Annual statistical returns and brief notes on vaccination in Bengal - 1909-1929
Year: 1909
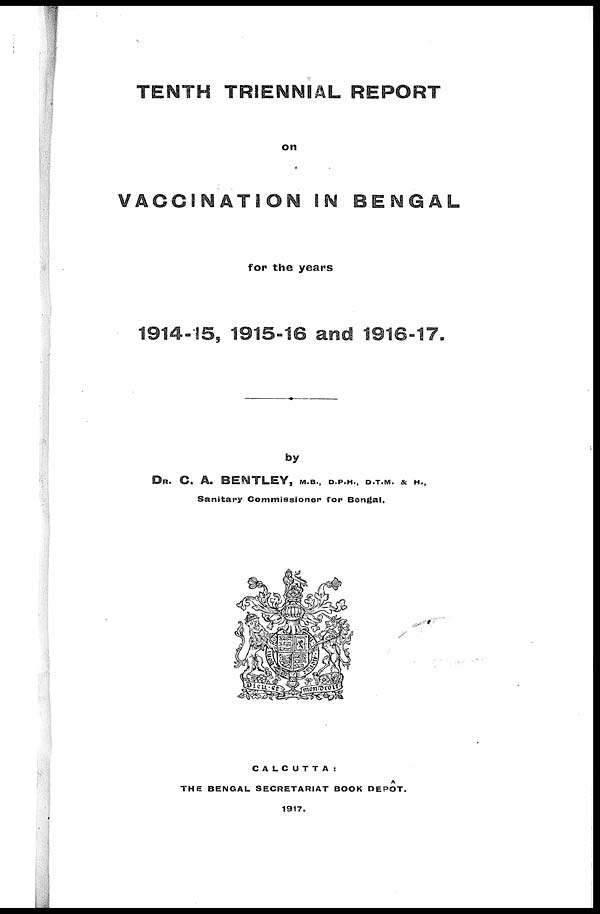
TENTH TRIENNIAL REPORT
on
VACCINATION IN BENGAL
for the years
1914-15, 1915-16 and 1916-17.
by
DR. C. A. BENTLEY, M.B., D.P.H., D.T.M. & H.,
Sanitary Commissioner for Bengal.
CALCUTTA:
THE BENGAL SECRETARIAT BOOK DEPÔT
1917.